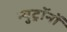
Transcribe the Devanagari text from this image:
न्युट्रॉनों